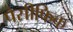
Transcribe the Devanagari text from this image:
पैसीफिक